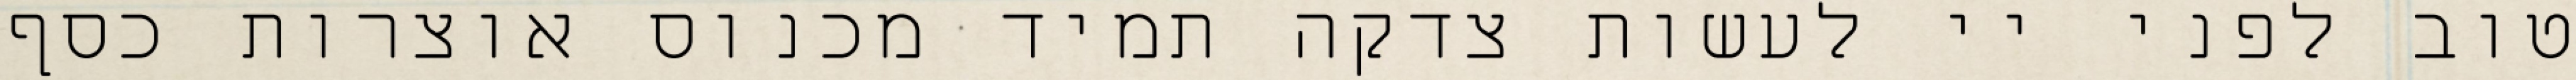
טוב לפני יי לעשות צדקה תמיד מכנוס אוצרות כסף